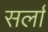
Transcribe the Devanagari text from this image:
सर्ला